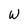
Character: W